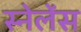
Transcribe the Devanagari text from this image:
स्नेलेंस